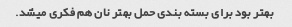
بهتر بود برای بسته بندی حمل بهتر نان هم فکری میشد.